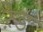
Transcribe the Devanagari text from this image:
ऱेड